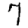
Digit: 7